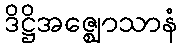
ဒိဋ္ဌိအဇ္ဈောသာနံ